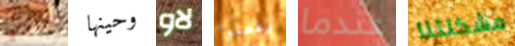
توليدو وحينها لاو إفعلوا عندما مشكلتنا